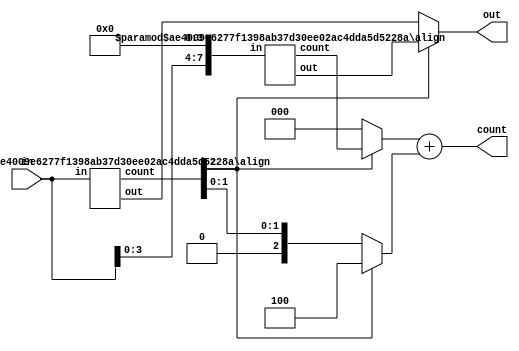
module align #(
	parameter ORDER = 3,
	parameter W = HW
)(
	input [W-1:0] in, output [W-1:0] out, output [ORDER:0] count
);
	localparam HW = 2 ** ORDER;
	localparam LW = W - HW;
	localparam DW = HW / 2;

	generate
		if (ORDER == 0) begin
			wire zero = ~in[W-1];

			assign out   = zero ? (in << 1) : in;
			assign count = zero;
		end
		else begin
			wire [W-1:0] lo, ho;
			wire [ORDER-1:0] lc, hc, a, b;

			align #(ORDER-1, W) l (in << DW, lo, lc);
			align #(ORDER-1, W) h (in,       ho, hc);

			wire hz = hc[ORDER-1];

			assign a = hz ? lc               : 0;
			assign b = hz ? (1 << (ORDER-1)) : hc;

			assign count = a + b;
			assign out   = hz ? lo : ho;
		end
	endgenerate
endmodule